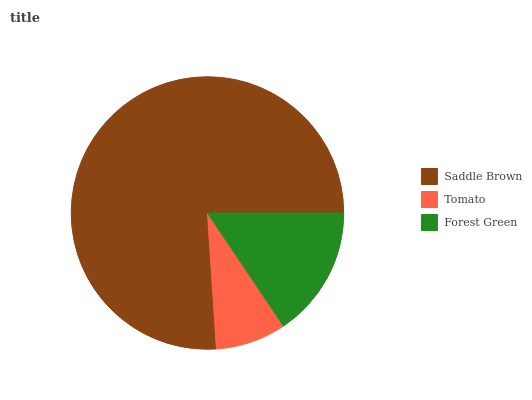
| Saddle Brown | Tomato | Forest Green |
 | --- | --- | --- |
 | 76.1% | 8.37% | 15.6% |